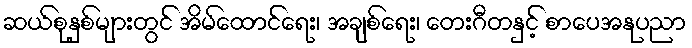
ဆယ်စုနှစ်များတွင် အိမ်ထောင်ရေး၊ အချစ်ရေး၊ တေးဂီတနှင့် စာပေအနုပညာ